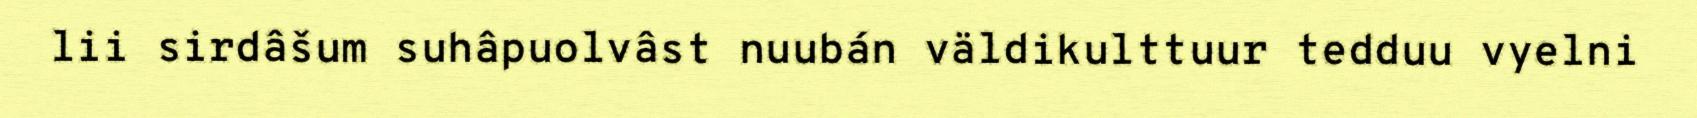
lii sirdâšum suhâpuolvâst nuubán väldikulttuur tedduu vyelni